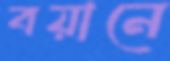
বয়ানে